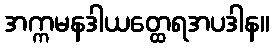
အက္ကမနဒါယတ္ထေရအပဒါန။